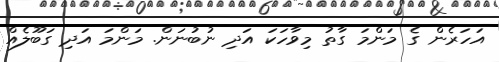
އަހަރެން ގެ މަންމަ ގާތު މިވާހަކަ އަދި ނުބުނަން. މަންމަ އަދި ގަބޫލެއް